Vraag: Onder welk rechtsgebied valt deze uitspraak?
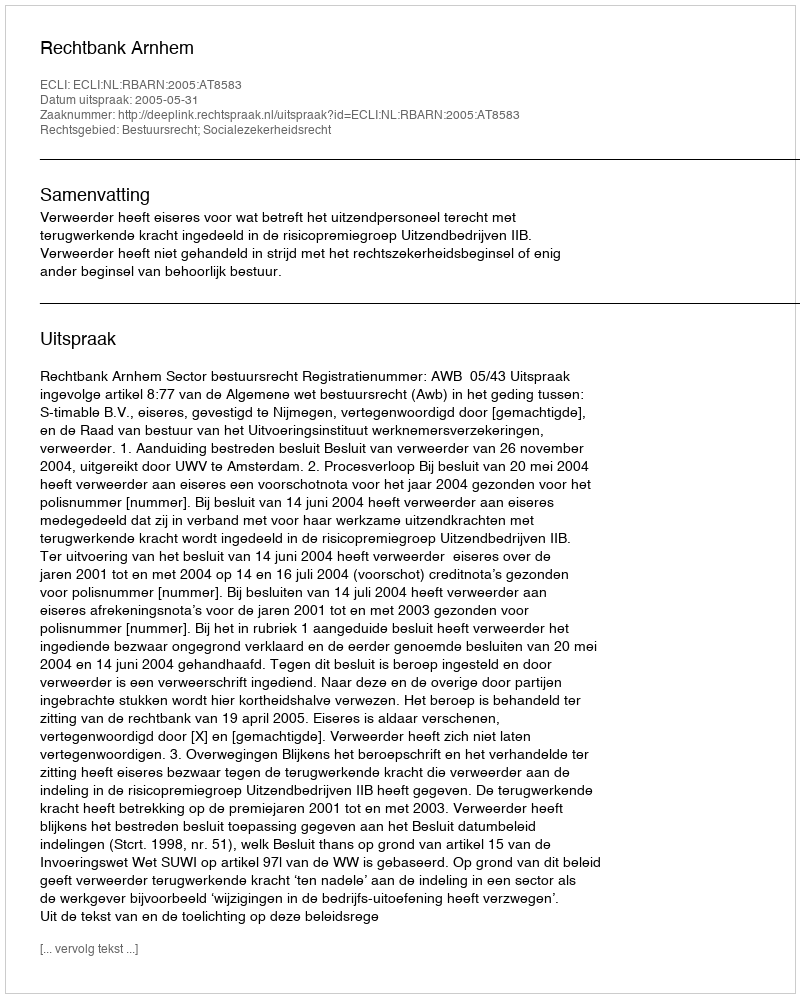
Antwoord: Bestuursrecht; Socialezekerheidsrecht